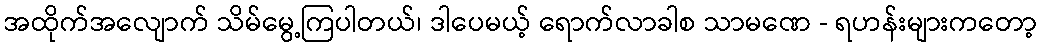
အထိုက်အလျောက် သိမ်မွေ့ကြပါတယ်၊ ဒါပေမယ့် ရောက်လာခါစ သာမဏေ - ရဟန်းများကတော့